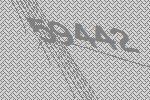
59442